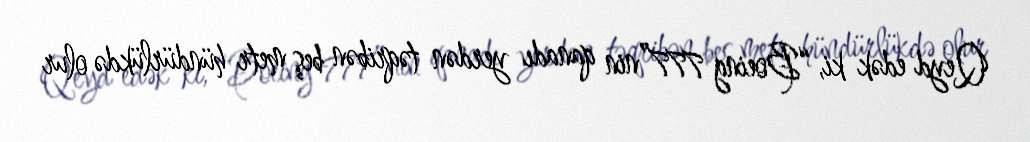
Qeyd edək ki, “Boeing 777”nin qanadı yerdən təqribən beş metr hündürlükdə olur